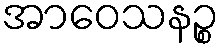
အာဝေသနဉ္စ